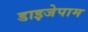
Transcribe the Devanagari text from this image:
डाइजेपाम